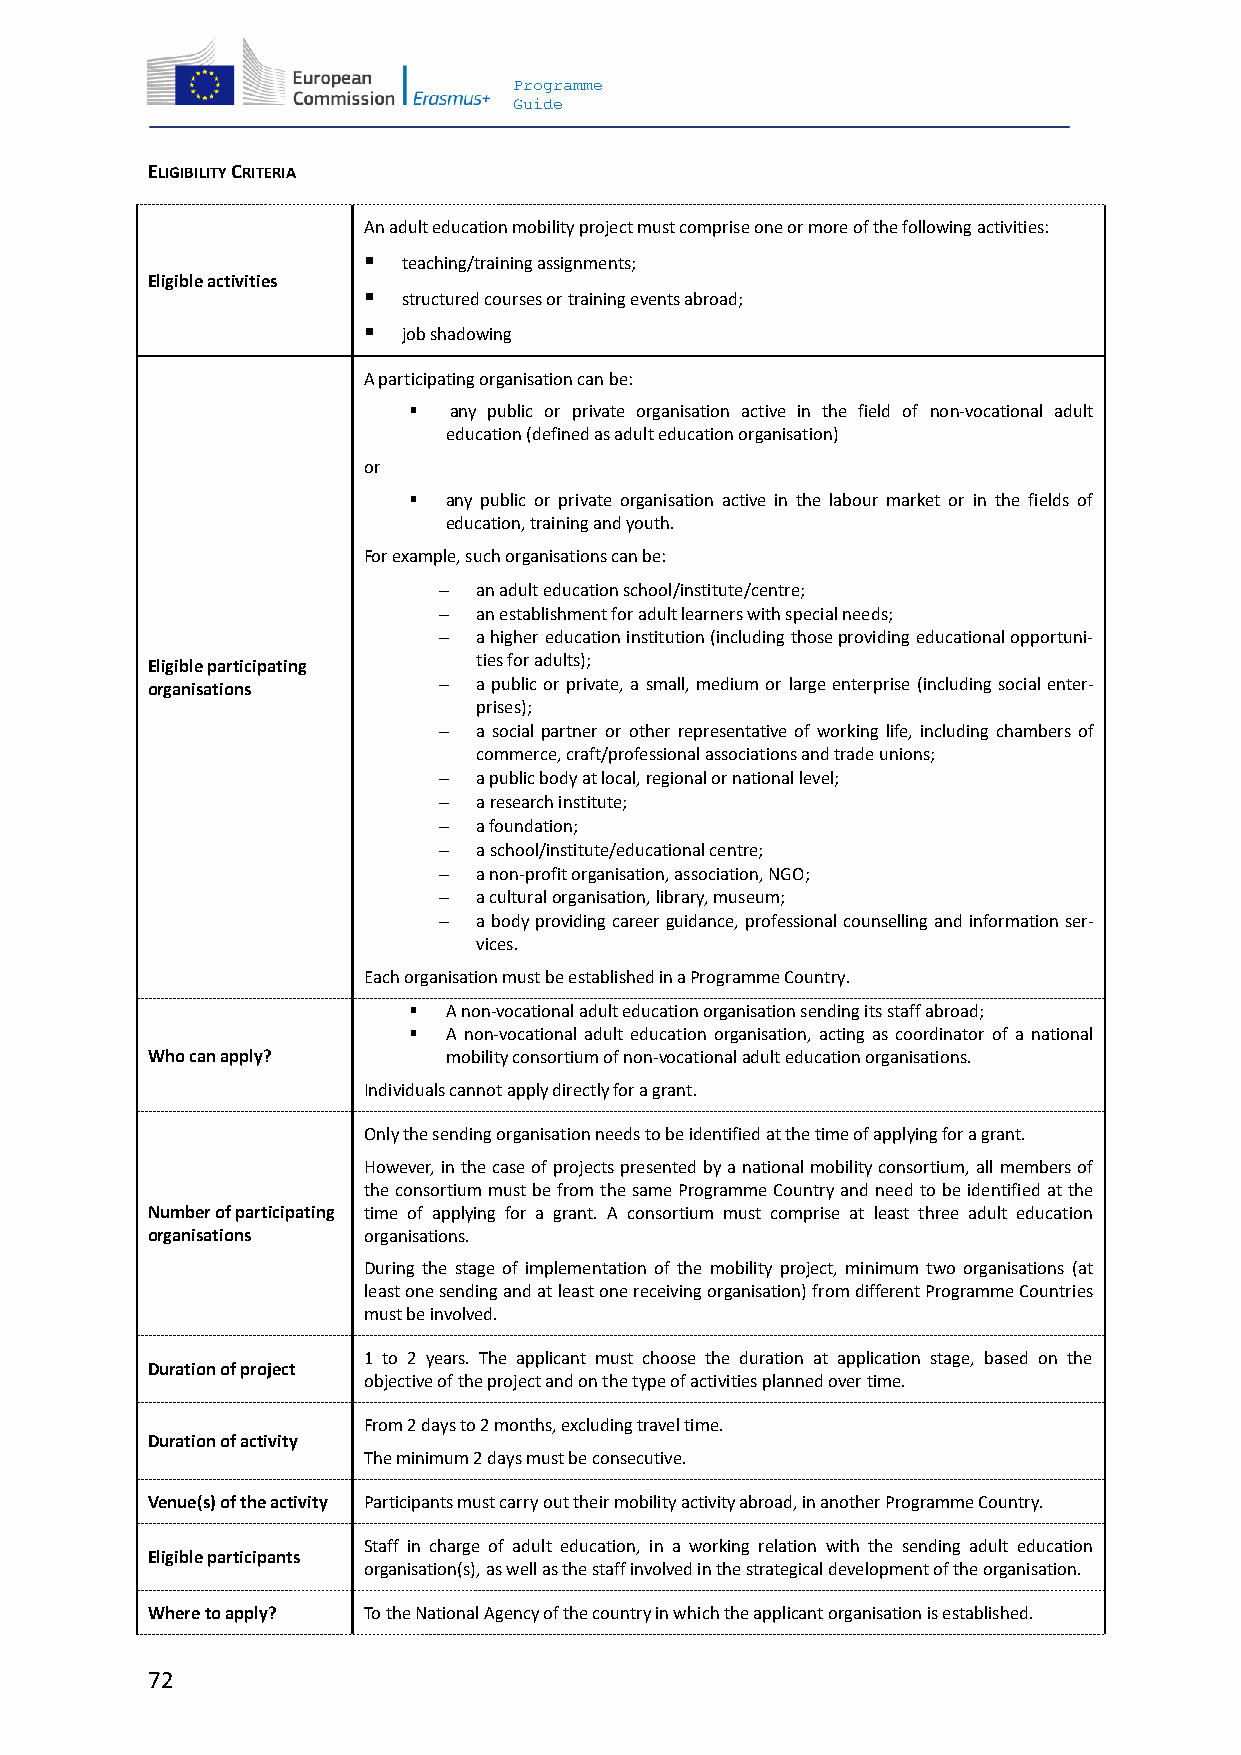
Programme
 Guide
 ELIGIBILITY CRITERIA
 An adult education mobility project must comprise one or more of the following activities:
   teaching/training assignments;
 Eligible activities
   structured courses or training events abroad;
   job shadowing
 A participating organisation can be:
   any public or private organisation active in the field of non-vocational adult
 education (defined as adult education organisation)
 or
   any public or private organisation active in the labour market or in the fields of
 education, training and youth.
 For example, such organisations can be:
   an adult education school/institute/centre;
   an establishment for adult learners with special needs;
   a higher education institution (including those providing educational opportuni-
 Eligible participating ties for adults);
 organisations        a public or private, a small, medium or large enterprise (including social enter-
 prises);
   a social partner or other representative of working life, including chambers of
 commerce, craft/professional associations and trade unions;
   a public body at local, regional or national level;
   a research institute;
   a foundation;
   a school/institute/educational centre;
   a non-profit organisation, association, NGO;
   a cultural organisation, library, museum;
   a body providing career guidance, professional counselling and information ser-
 vices.
 Each organisation must be established in a Programme Country.
   A non-vocational adult education organisation sending its staff abroad;
   A non-vocational adult education organisation, acting as coordinator of a national
 Who can apply?      mobility consortium of non-vocational adult education organisations.
 Individuals cannot apply directly for a grant.
 Only the sending organisation needs to be identified at the time of applying for a grant.
 However, in the case of projects presented by a national mobility consortium, all members of
 the consortium must be from the same Programme Country and need to be identified at the
 Number of participating time of applying for a grant. A consortium must comprise at least three adult education
 organisations organisations.
 During the stage of implementation of the mobility project, minimum two organisations (at
 least one sending and at least one receiving organisation) from different Programme Countries
 must be involved.
 1 to 2 years. The applicant must choose the duration at application stage, based on the
 Duration of project
 objective of the project and on the type of activities planned over time.
 From 2 days to 2 months, excluding travel time.
 Duration of activity
 The minimum 2 days must be consecutive.
 Venue(s) of the activity Participants must carry out their mobility activity abroad, in another Programme Country.
 Staff in charge of adult education, in a working relation with the sending adult education
 Eligible participants
 organisation(s), as well as the staff involved in the strategical development of the organisation.
 Where to apply? To the National Agency of the country in which the applicant organisation is established.
 72